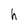
Character: h